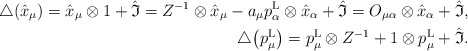
\begin{align*}\bigtriangleup(\hat{x}_\mu)=\hat{x}_\mu\otimes1+{\hat{\mathfrak{I}}}=Z^{-1}\otimes\hat{x}_\mu-a_\mu p^{\rm L}_\alpha\otimes\hat{x}_\alpha+{\hat{\mathfrak{I}}}=O_{\mu\alpha}\otimes\hat{x}_\alpha+{\hat{\mathfrak{I}}},\\\bigtriangleup\big(p^{\rm L}_\mu\big)=p^{\rm L}_\mu\otimes Z^{-1}+1\otimes p^{\rm L}_\mu+{\hat{\mathfrak{I}}}.\end{align*}